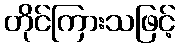
တိုင်ကြားသဖြင့်